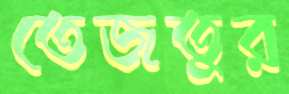
তেজতুর